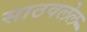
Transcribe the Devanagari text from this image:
साठवलेल